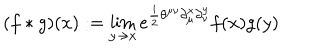
( f * g ) ( x ) : = \lim _ { y \rightarrow x } e ^ { \frac { i } { 2 } \theta ^ { \mu \nu } \partial _ { \mu } ^ { x } \partial _ { \nu } ^ { y } } f ( x ) g ( y )